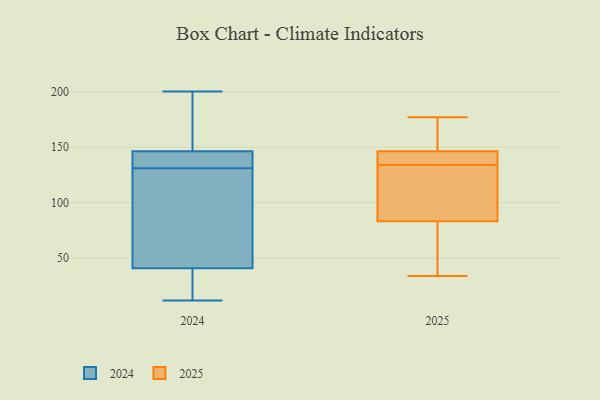
{"axis": {"x": "Latency (ms)", "y": "Value"}, "legend": ["2024", "2025"], "data": [{"x": "", "y": 38, "type": "2025"}, {"x": "", "y": 34, "type": "2025"}, {"x": "", "y": 97, "type": "2025"}, {"x": "", "y": 177, "type": "2025"}, {"x": "", "y": 79, "type": "2025"}, {"x": "", "y": 96, "type": "2025"}, {"x": "", "y": 134, "type": "2025"}, {"x": "", "y": 138, "type": "2025"}, {"x": "", "y": 148, "type": "2025"}, {"x": "", "y": 141, "type": "2025"}, {"x": "", "y": 158, "type": "2025"}, {"x": "", "y": 25, "type": "2024"}, {"x": "", "y": 12, "type": "2024"}, {"x": "", "y": 137, "type": "2024"}, {"x": "", "y": 48, "type": "2024"}, {"x": "", "y": 131, "type": "2024"}, {"x": "", "y": 200, "type": "2024"}, {"x": "", "y": 138, "type": "2024"}, {"x": "", "y": 44, "type": "2024"}, {"x": "", "y": 134, "type": "2024"}, {"x": "", "y": 15, "type": "2024"}, {"x": "", "y": 192, "type": "2024"}, {"x": "", "y": 134, "type": "2024"}, {"x": "", "y": 38, "type": "2024"}, {"x": "", "y": 185, "type": "2024"}, {"x": "", "y": 59, "type": "2024"}, {"x": "", "y": 42, "type": "2024"}, {"x": "", "y": 171, "type": "2024"}]}